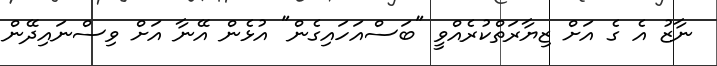
ނާޒު އެ ގެ އަށް ޒިޔާރަތްކުރެއްވީ "ބަސްއަހައިގެން" އުޅެން އޭނާ އަށް ވިސްނައިދޭން